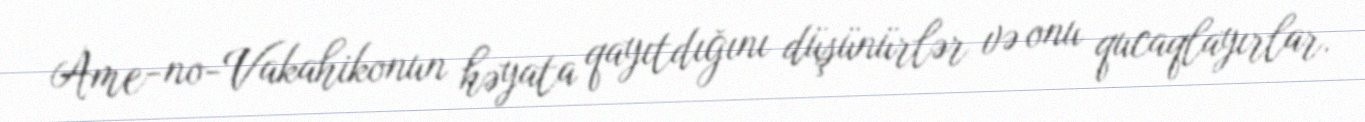
Ame-no-Vakahikonun həyata qayıtdığını düşünürlər və onu qucaqlayırlar.